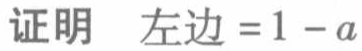
证明 左边 \(=1 - a\)